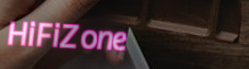
HiFiZone